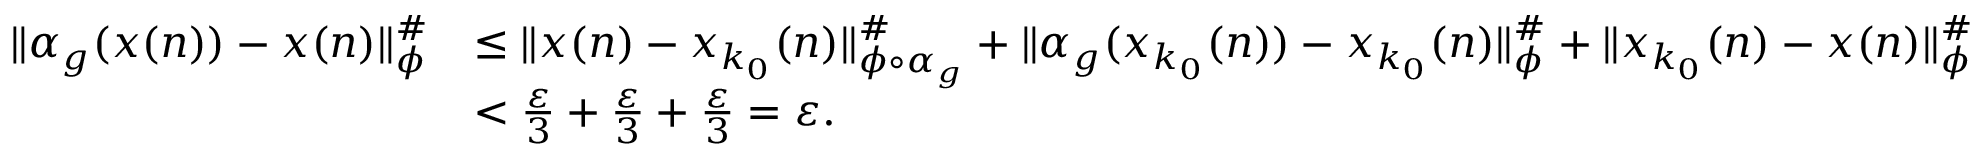
\begin{array} { r l } { \| \alpha _ { g } ( x ( n ) ) - x ( n ) \| _ { \phi } ^ { \# } } & { \leq \| x ( n ) - x _ { k _ { 0 } } ( n ) \| _ { \phi \circ \alpha _ { g } } ^ { \# } + \| \alpha _ { g } ( x _ { k _ { 0 } } ( n ) ) - x _ { k _ { 0 } } ( n ) \| _ { \phi } ^ { \# } + \| x _ { k _ { 0 } } ( n ) - x ( n ) \| _ { \phi } ^ { \# } } \\ & { < \frac { \varepsilon } { 3 } + \frac { \varepsilon } { 3 } + \frac { \varepsilon } { 3 } = \varepsilon . } \end{array}